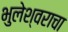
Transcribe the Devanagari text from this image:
भुलेश्वराचा